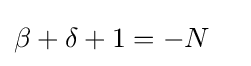
\beta +\delta +1=-N\quad